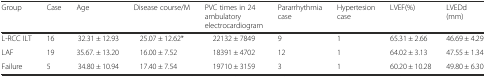
| Group | Case | Age | Disease course/M | PVC times in 24 ambulatory electrocardiogram | Pararrhythmia case | Hypertesion case | LVEF(%) | LVEDd (mm) |
 | --- | --- | --- | --- | --- | --- | --- | --- | --- |
 | L-RCC ILT | 16 | 32.31 ± 12.93 | 25.07 ± 12.62* | 22132 ± 7849 | 9 | 1 | 65.31 ± 2.66 | 46.69 ± 4.29 |
 | LAF | 19 | 35.67. ± 13.20 | 16.00 ± 7.52 | 18391 ± 4702 | 12 | 1 | 64.02 ± 3.13 | 47.55 ± 1.34 |
 | Failure | 5 | 34.80 ± 10.94 | 17.40 ± 7.54 | 19710 ± 3159 | 3 | 1 | 60.20 ± 10.28 | 49.80 ± 6.30 |